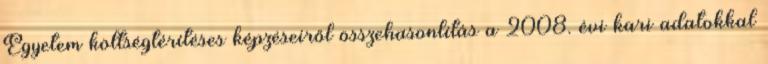
Egyetem költségtérítéses képzéseiről összehasonlítás a 2008. évi kari adatokkal